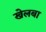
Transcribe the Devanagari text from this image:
खेलबा